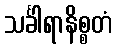
သင်္ခါရာနိစ္စတံ